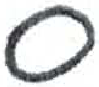
אות: ס